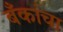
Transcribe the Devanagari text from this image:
बँकांचा